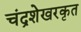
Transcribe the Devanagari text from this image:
चंद्रशेखरकृत